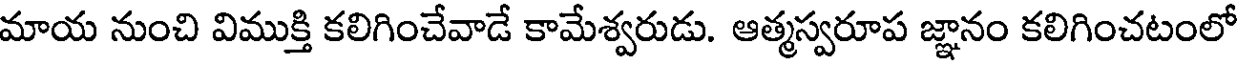
మాయ నుంచి విముక్తి కలిగించేవాడే కామేశ్వరుడు. ఆత్మస్వరూప జ్ఞానం కలిగించటంలో